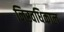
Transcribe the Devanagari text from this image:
निरवधिकाल